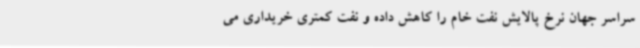
سراسر جهان نرخ پالایش نفت خام را کاهش داده و نفت کمتری خریداری می